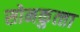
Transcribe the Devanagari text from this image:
सोनकुत्‍ता